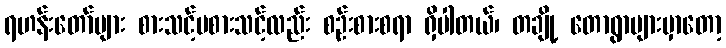
ရဟန်းတော်များ စားသင့်မစားသင့်လည်း စဉ်းစားစရာ ရှိပါတယ်၊ တချို့ တောရွာများမှာတော့